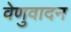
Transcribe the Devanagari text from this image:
वेणुवादन